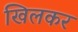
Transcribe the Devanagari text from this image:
खिलकर